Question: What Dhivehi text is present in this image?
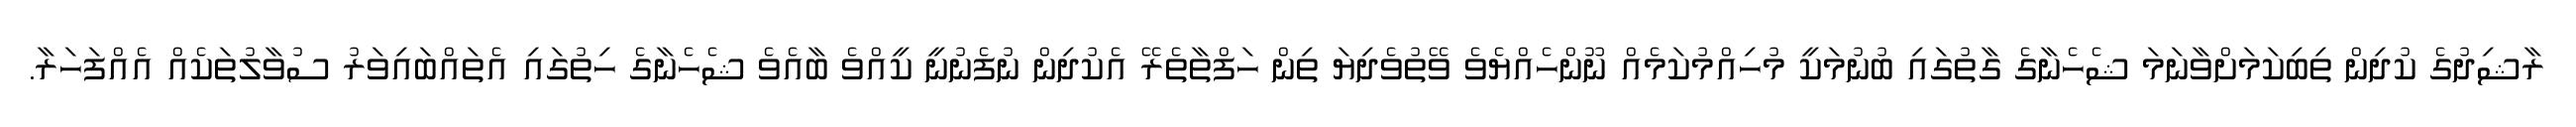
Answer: ރާޝިދުގެ ކުދިން ތިބިކަމަށްވާނަމަ ޝެހެނާގެ ގާތުގައި ބުނުމަކީ މުހިއްމުކަމެއް ނޫންހެއްޔެވެ ވޭތުވެދިޔަ ތިން ހަފްތާތެރޭ އެކުދިން ނުފެނުނީ ކީއްވެ ބާއެވެ ޝެހެނާގެ ހިތުގައި އެތައްބައިވަރު ސުވާލުތަކެއް އެއްފަހަރާ.